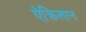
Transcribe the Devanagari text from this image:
ऐक्रिलान